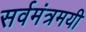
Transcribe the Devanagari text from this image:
सर्वमंत्रमयी